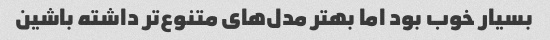
بسیار خوب بود اما بهتر مدل‌های متنوع‌تر داشته باشین